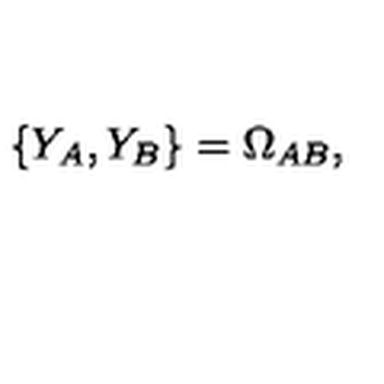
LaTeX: \{ Y _ { A } , Y _ { B } \} = \Omega _ { A B } ,